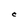
Character: C